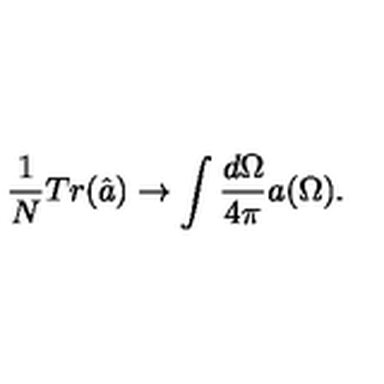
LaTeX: \frac { 1 } { N } T r ( \hat { a } ) \rightarrow \int \frac { d \Omega } { 4 \pi } a ( \Omega ) .